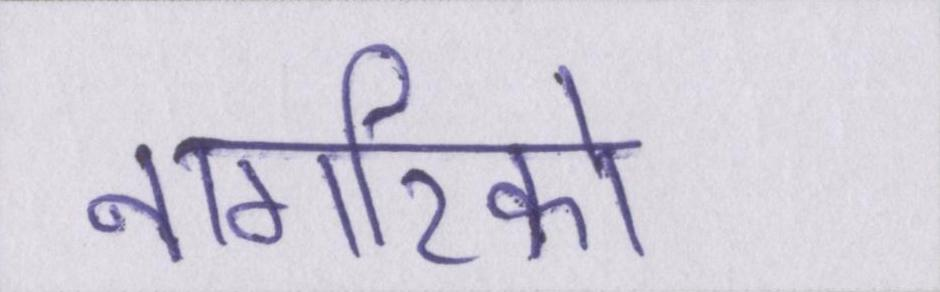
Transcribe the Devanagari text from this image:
नागरिको